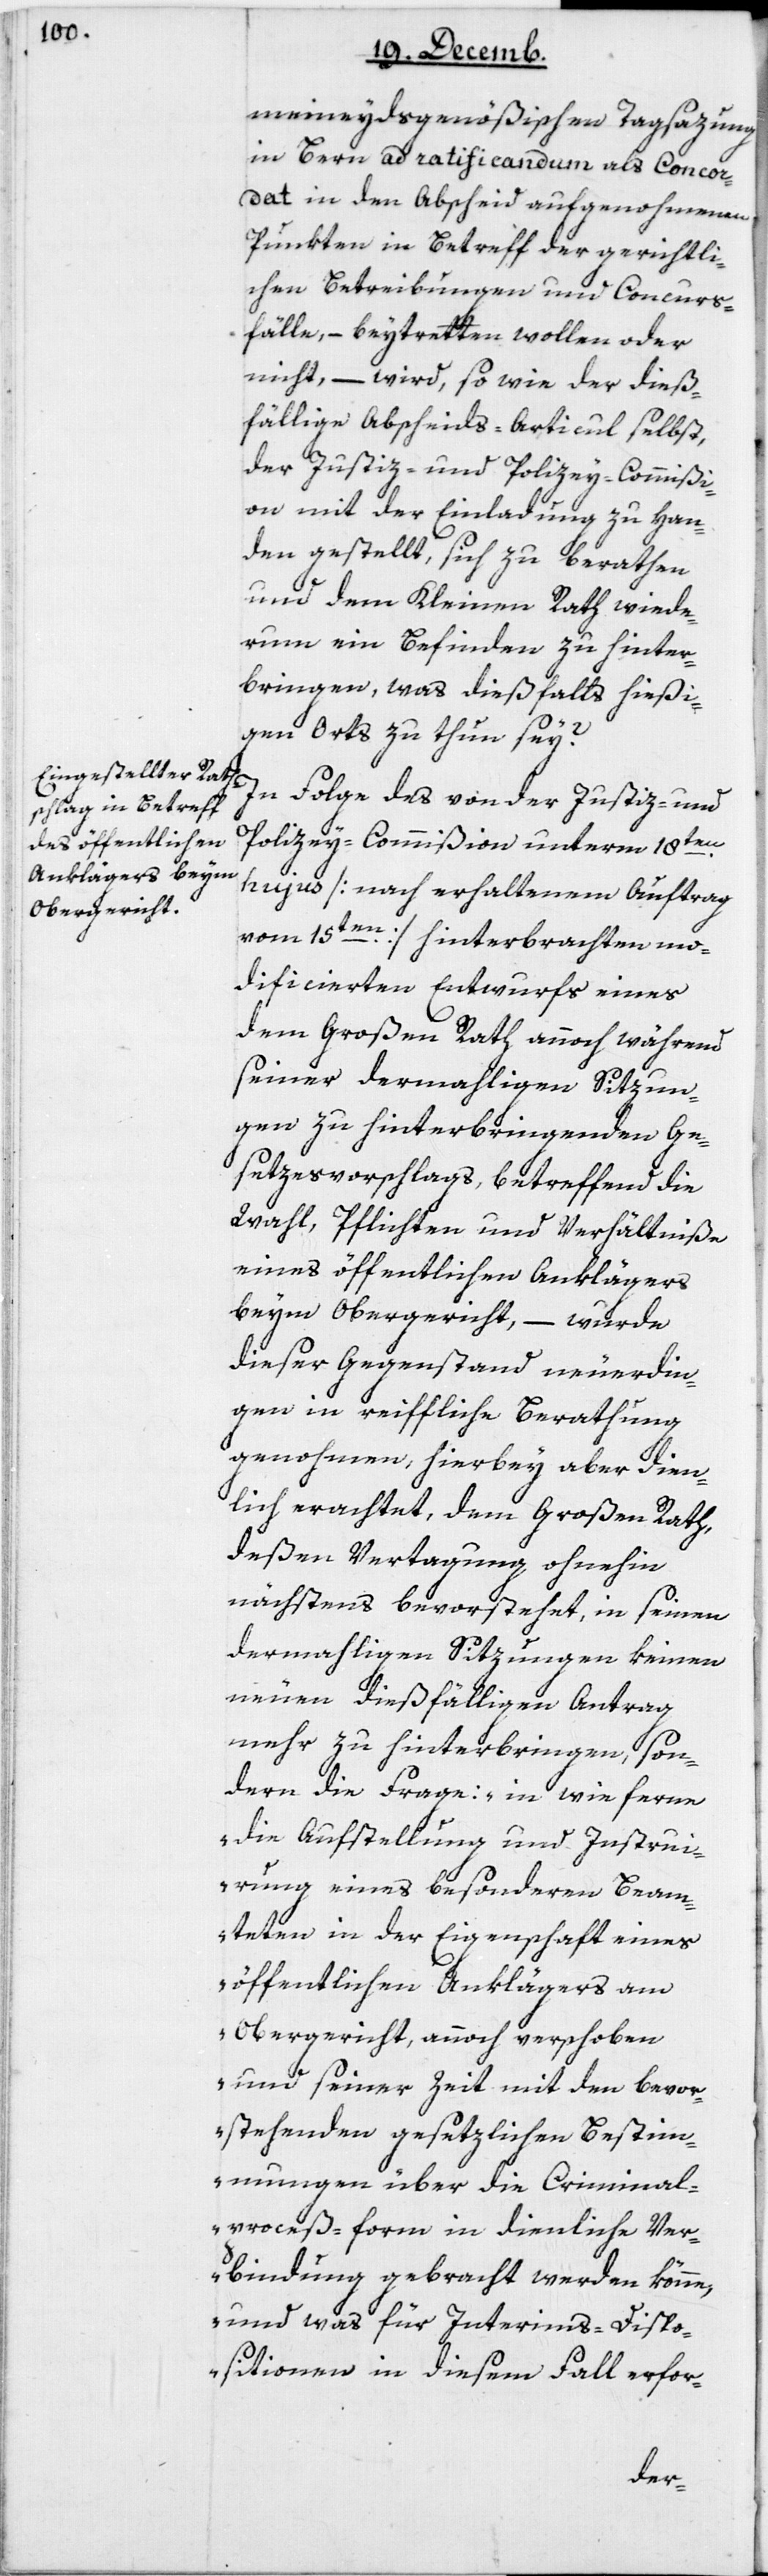
meineydsgenößischen Tagsazung
in Bern ad ratificandum als Concor¬
dat in den Abscheid aufgenohmenen
Punkten in Betreff der gerichtli¬
chen Betreibungen und Concurs¬
fälle, – beytretten wollen oder
nicht – wird, so wie der dieß¬
fällige Abscheids-Articul selbst,
der Justiz- und Polizey-Commißi¬
on mit der Einladung zu Han¬
den gestellt, sich zu berathen
und dem Kleinen Rath wiede¬
rum ein Befinden zu hinter¬
bringen, was dießfalls hießi¬
gen Orts zu thun sey?
In Folge des von der Justiz- und
Polizey-Commißion unterm 18ten
hujus (nach erhaltenem Auftrag
vom 15ten) hinterbrachten mo¬
dificierten Entwurfs eines
dem Großen Rath annoch während
seiner dermahligen Sitzun¬
gen zu hinterbringenden Ge¬
setzesvorschlags, betreffend die
Wahl, Pflichten und Verhältniße
eines öffentlichen Anklägers
beym Obergericht, – wurde
dieser Gegenstand neuerdin¬
gen in reiffliche Berathung
genohmen, hierbey aber dien¬
lich erachtet, dem Großen Rath,
deßen Vertagung ohnehin
nächsten bevorstehet, in seinen
dermahligen Sitzungen keinen
neuen dießfälligen Antrag
mehr zu hinterbringen, son¬
dern die Frage: „in wie ferne
die Aufstellung und Instrui¬
erung eines besonderen Beam¬
teten in der Eigenschaft eines
öffentlichen Anklägers am
Obergericht, annoch verschoben
und seiner Zeit mit den bevor¬
stehenden gesetzlichen Bestim¬
mungen über die Criminal¬
proceß-form in dienliche Ver¬
bindung gebracht werden könne,
und was für Interims-Dispo¬
sitionen in diesem Fall erfor-